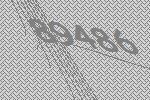
89486